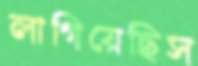
লাগিয়েছিস